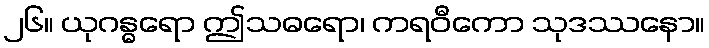
၂၆။ ယုဂန္ဓရော ဤသဓရော၊ ကရဝီကော သုဒဿနော။